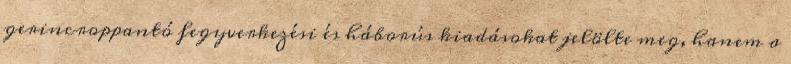
gerincroppantó fegyverkezési és háborús kiadásokat jelölte meg, hanem a